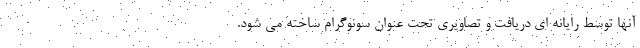
آنها توسط رایانه ای دریافت و تصاویری تحت عنوان سونوگرام ساخته می شود.